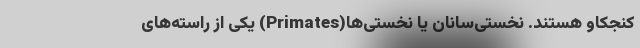
کنجکاو هستند. نخستی‌سانان یا نخستی‌ها(Primates) یکی از راسته‌های